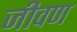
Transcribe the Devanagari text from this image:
जीवण